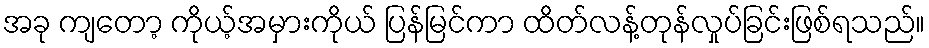
အခု ကျတော့ ကိုယ့်အမှားကိုယ် ပြန်မြင်ကာ ထိတ်လန့်တုန်လှုပ်ခြင်းဖြစ်ရသည်။